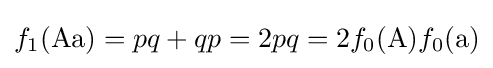
f_{1}({\text{Aa}})=pq+qp=2pq=2f_{0}({\text{A}})f_{0}({\text{a}})